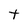
Character: t